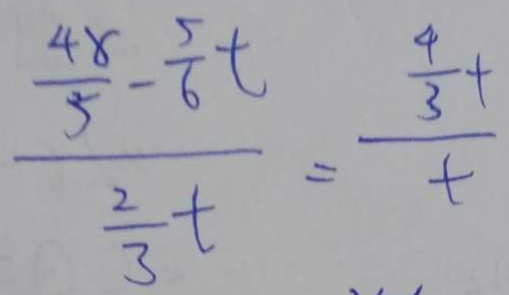
\frac { \frac { 4 8 } { 5 } - \frac { 5 } { 6 } t } { \frac { 2 } { 3 } t } = \frac { \frac { 4 } { 3 } t } { t }